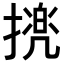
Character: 𢴜